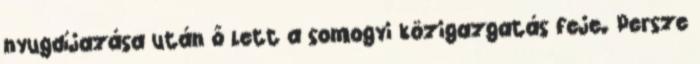
nyugdíjazása után ő lett a somogyi közigazgatás feje. Persze